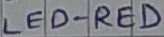
Text: LED-RED